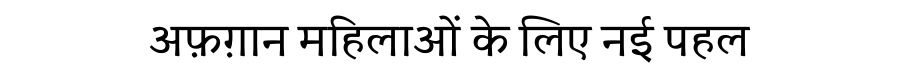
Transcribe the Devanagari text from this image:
अफ़ग़ान महिलाओं के लिए नई पहल